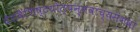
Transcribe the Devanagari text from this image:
देशवैशिष्टयोत्पन्नवाच्यसंभवा